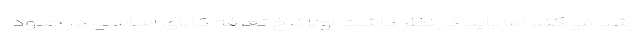
رشد می‌کند اما باید در نظر داشت اولاً نرخ تعرفه کالای اساسی در حدود